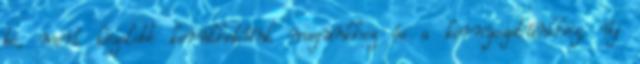
be, mert közelebb kerülhetünk magunkhoz és a környezetünkhöz, új